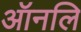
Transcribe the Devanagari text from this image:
ऑनलि